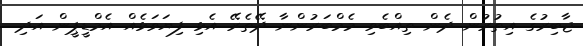
ޖާބިރުގެ އިތުރުން ދެން ތިއްބެވި މެމްބަރުންނާ ދޭތެރޭ އެޅި ފިޔަވަޅެއް އެމްޑީޕީން އަދި